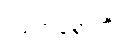
ဂရုကရောတိ